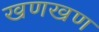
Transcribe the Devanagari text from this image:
खणखण